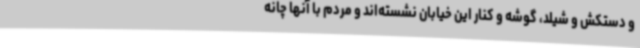
و دستکش و شیلد، گوشه‌ و کنار این خیابان نشسته‌اند و مردم با آنها چانه